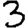
Digit: 3